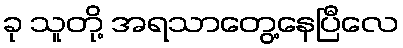
ခု သူတို့ အရသာတွေ့နေပြီလေ